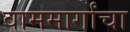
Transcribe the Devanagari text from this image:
वाममार्गांचा